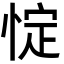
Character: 𢛸